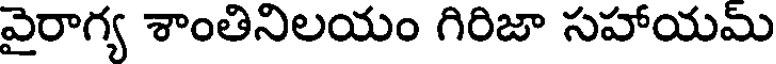
వైరాగ్య శాంతినిలయం గిరిజా సహాయమ్